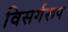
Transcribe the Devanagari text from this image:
विसर्गरूप